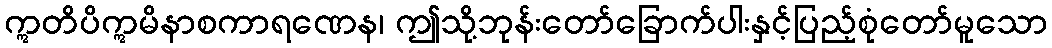
ဣတိပိဣမိနာစကာရဏေန၊ ဤသို့ဘုန်းတော်ခြောက်ပါးနှင့်ပြည့်စုံတော်မူသော